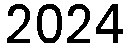
2024